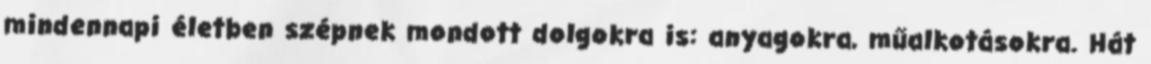
mindennapi életben szépnek mondott dolgokra is: anyagokra, műalkotásokra. Hát